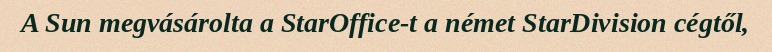
A Sun megvásárolta a StarOffice-t a német StarDivision cégtől,